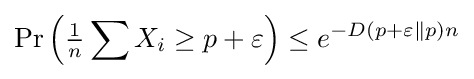
\Pr \left({\tfrac {1}{n}}\sum X_{i}\geq p+\varepsilon \right)\leq e^{-D(p+\varepsilon \parallel p)n}